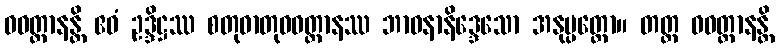
ဝဝတ္ထာနန္တိ ဧဝံ ဥဒ္ဒိဋ္ဌဿ စတုဓာတုဝဝတ္ထာနဿ ဘာဝနာနိဒ္ဒေသော အနုပ္ပတ္တော။ တတ္ထ ဝဝတ္ထာနန္တိ